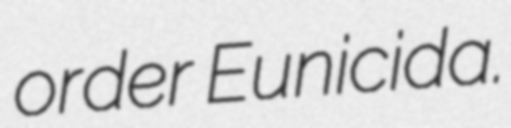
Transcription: order Eunicida.